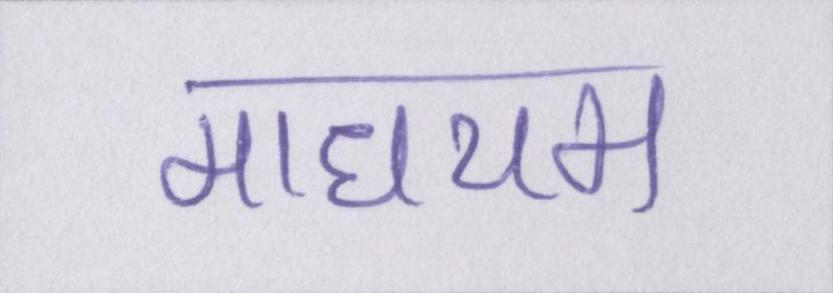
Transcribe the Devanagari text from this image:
माधयम